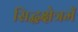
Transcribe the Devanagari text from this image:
सिद्धक्षेत्रमें